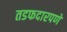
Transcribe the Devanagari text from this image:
तडफदारपणे